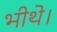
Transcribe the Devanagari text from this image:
भीथे।